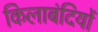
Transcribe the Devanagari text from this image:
किलाबंदियों